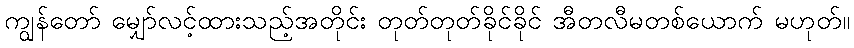
ကျွန်တော် မျှော်လင့်ထားသည့်အတိုင်း တုတ်တုတ်ခိုင်ခိုင် အီတလီမတစ်ယောက် မဟုတ်။